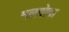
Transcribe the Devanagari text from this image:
मलगोवा